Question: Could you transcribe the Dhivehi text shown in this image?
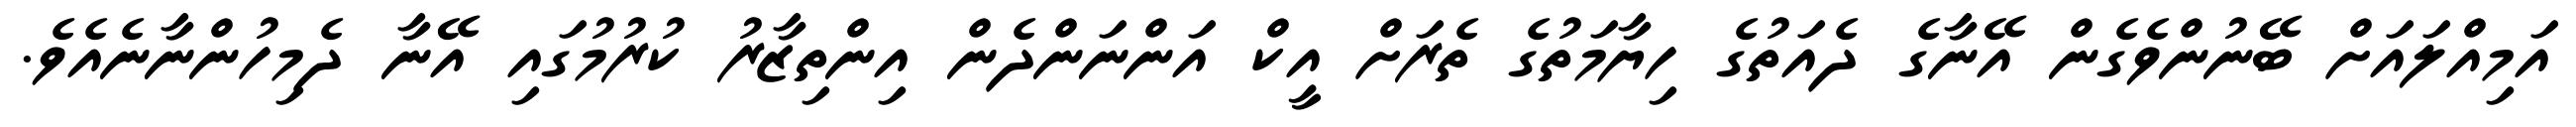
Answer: އަމިއްލައަށް ބޭނުންވެގެން އޭނާގެ ދެއަތުގެ ހިޔާމަތުގެ ތެރަށް އީކް އަންނަންދެން އިންތިޒާރު ކުރުމުގައި އޭނާ ދެމިހުންނާނެއެވެ.